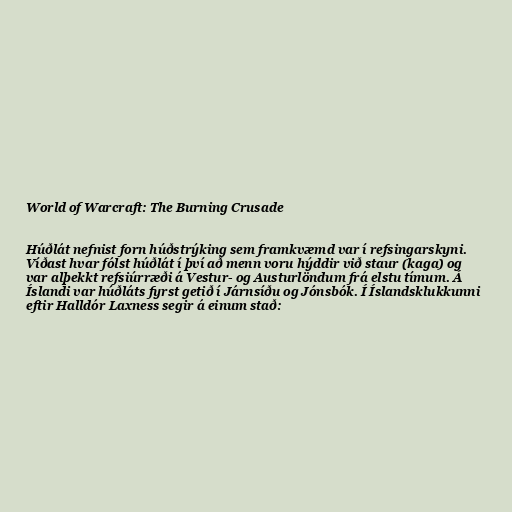
World of Warcraft: The Burning Crusade

Húðlát nefnist forn húðstrýking sem framkvæmd var í refsingarskyni.
Víðast hvar fólst húðlát í því að menn voru hýddir við staur (kaga) og
var alþekkt refsiúrræði á Vestur- og Austurlöndum frá elstu tímum. Á
Íslandi var húðláts fyrst getið í Járnsíðu og Jónsbók. Í Íslandsklukkunni
eftir Halldór Laxness segir á einum stað: